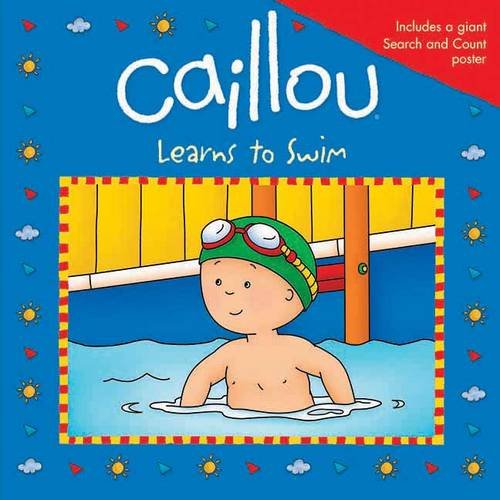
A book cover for Caillou Learns to Swim (Playtime); Children's Books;